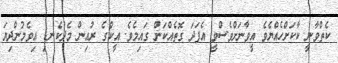
ކެތްވާނީ ކާކަށްހެއްޔެވެ އީވާނަށްވެސްވީ އެފަދަ ގޮތެއްކަން ގައިމެވެ. އީކްގެ ރުއިން މެދުކެނޑި އިވެމުންދިޔަ